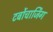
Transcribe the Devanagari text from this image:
टर्बोचार्जिंग